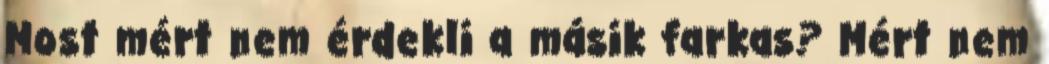
Most mért nem érdekli a másik farkas? Mért nem